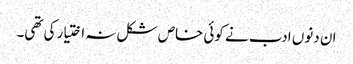
ان دنوں ادب نے کوئی خاص شکل نہ اختیار کی تھی۔